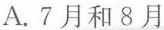
A.7月和8月